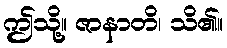
ဤသို့။ ဇာနာတိ၊ သိ၏။